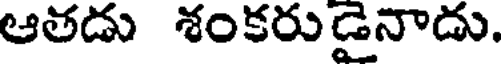
ఆతడు శంకరుడైనాడు.